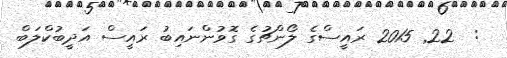
:  22